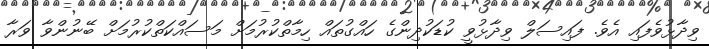
ވިދާޅުވެފައި އެވެ. ފައިސަލް ވިދާޅުވީ ކުޑަކުދިންގެ ހައްގުތައް ހިމާތްކުރުމަށް މަސައްކަތްކުރުމަށް ބޭނުންވާ ވަރާ